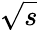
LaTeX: \sqrt{s}